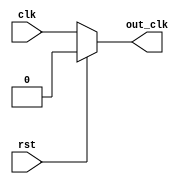
module clk_div ( clk ,rst,out_clk );
	output reg out_clk;
	input clk ;
	input rst;
	always @(clk)
	begin
	if (rst)
		  out_clk <= 1'b0;
	else
		  out_clk <= clk;	
	end
endmodule